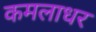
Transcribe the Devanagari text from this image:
कमलाधर